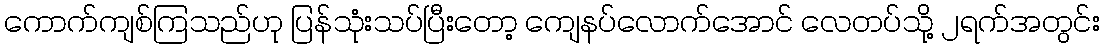
ကောက်ကျစ်ကြသည်ဟု ပြန်သုံးသပ်ပြီးတော့ ကျေနပ်လောက်အောင် လေတပ်သို့ ၂ရက်အတွင်း